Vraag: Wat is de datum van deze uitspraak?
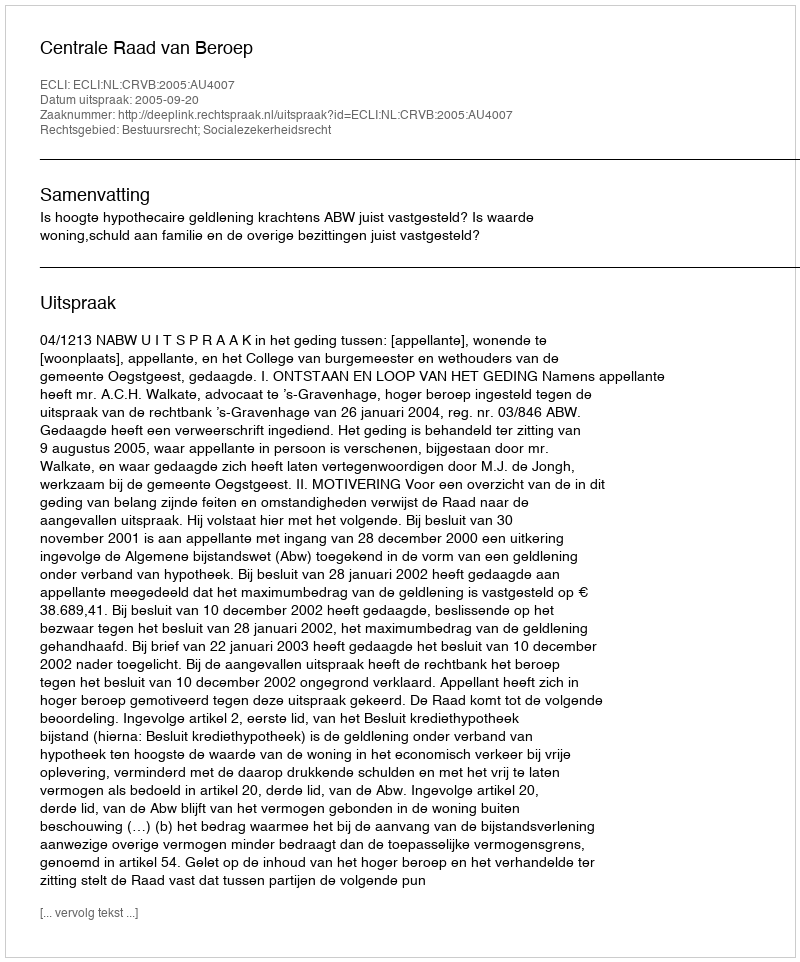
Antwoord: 2005-09-20